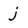
Character: j